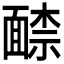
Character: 𩈶